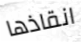
انقاذها